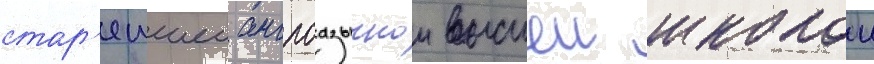
стар'еишеи англоазычнои высшеи школои